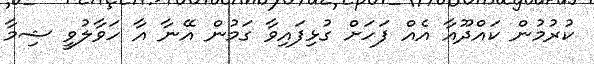
ކުރުމުން ކައްދޫއާ އެއް ފަހަށް ގުޅިފައިވާ ގަމުން އޭނާ އާ ހަވާލުވީ ޝިމާ